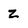
Character: Z